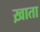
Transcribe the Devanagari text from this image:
ख़ाता